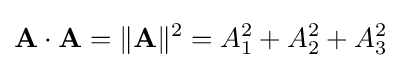
\mathbf {A} \cdot \mathbf {A} =\|\mathbf {A} \|^{2}=A_{1}^{2}+A_{2}^{2}+A_{3}^{2}